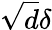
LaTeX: \sqrt{d}\delta